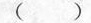
( )